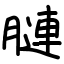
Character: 𦟪